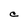
Character: C